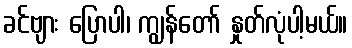
ခင်ဗျား ပြောပါ၊ ကျွန်တော် နှုတ်လုံပါ့မယ်။